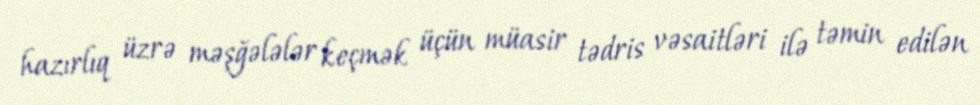
hazırlıq üzrə məşğələlər keçmək üçün müasir tədris vəsaitləri ilə təmin edilən